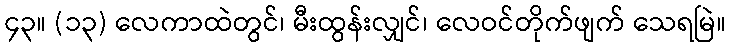
၄၃။ (၁၃) လေကာထဲတွင်၊ မီးထွန်းလျှင်၊ လေဝင်တိုက်ဖျက် သေရမြဲ။